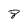
Character: 8